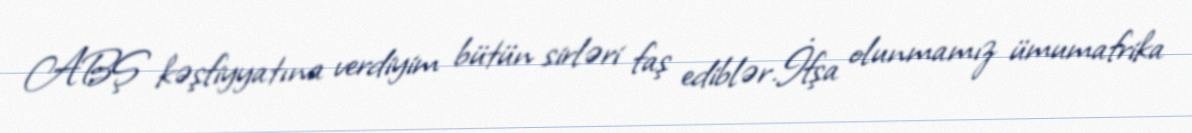
ABŞ kəşfiyyatına verdiyim bütün sirləri faş ediblər.İfşa olunmamız ümumafrika